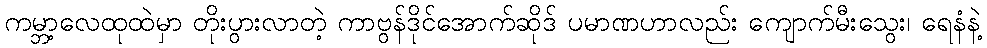
ကမ္ဘာ့လေထုထဲမှာ တိုးပွားလာတဲ့ ကာဗွန်ဒိုင်အောက်ဆိုဒ် ပမာဏဟာလည်း ကျောက်မီးသွေး၊ ရေနံနဲ့